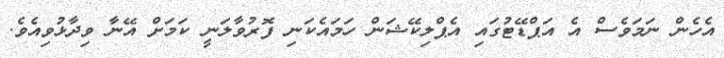
އެހެން ނަމަވެސް އެ އަޕްޑޭޓުގައި އެޕްލިކޭޝަން ހަމައެކަނި ފޮރުވާލަނީ ކަމަށް އޭނާ ވިދާޅުވިއެވެ.